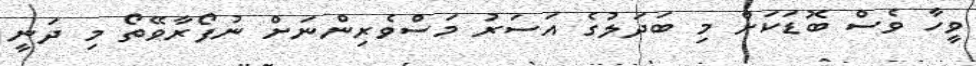
ވީހާ ވެސް ބޮޑަކަށް މި ބަދަލުގެ އަސަރު މަސްވެރިންނަށް ނުފޯރާވޭތޯ މި ދަނީ